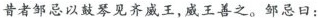
昔者邹忌以鼓琴见齐威王，威王善之。邹忌曰：